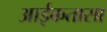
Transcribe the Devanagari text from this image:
आईकतासा